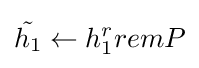
{\tilde {h_{1}}}\leftarrow h_{1}^{r}remP